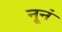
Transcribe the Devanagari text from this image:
नूनं